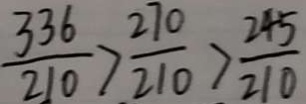
\frac { 3 3 6 } { 2 1 0 } > \frac { 2 7 0 } { 2 1 0 } > \frac { 2 4 5 } { 2 1 0 }